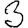
Digit: 3